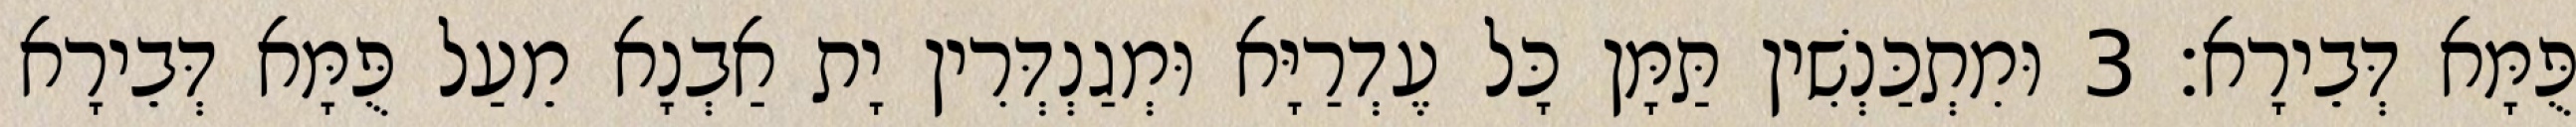
פֻּמָּא דְּבֵירָא׃ 3 וּמִתְכַּנְשִׁין תַּמָּן כָּל עֶדְרַיָּא וּמְגַנְדְּרִין יָת אַבְנָא מֵעַל פֻּמָּא דְּבֵירָא